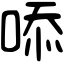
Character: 㖭